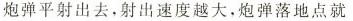
炮弹平射出去，射出速度越大，炮弹落地点就